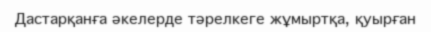
Дастарқанға әкелерде тәрелкеге жұмыртқа, қуырған